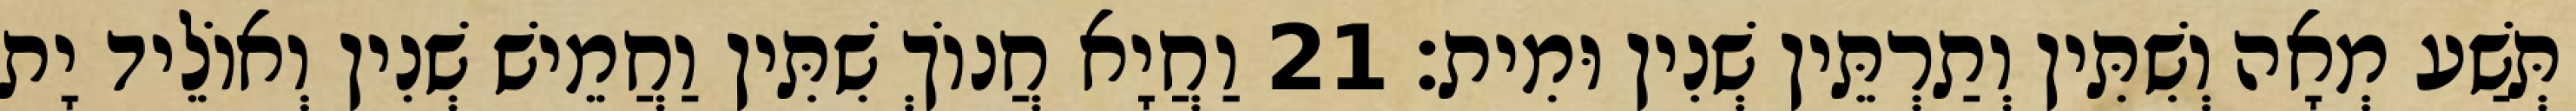
תְּשַׁע מְאָה וְשִׁתִּין וְתַרְתֵּין שְׁנִין וּמִית׃ 21 וַחֲיָא חֲנוֹךְ שִׁתִּין וַחֲמֵישׁ שְׁנִין וְאוֹלֵיד יָת